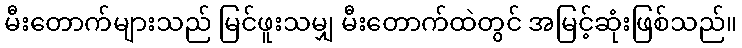
မီးတောက်များသည် မြင်ဖူးသမျှ မီးတောက်ထဲတွင် အမြင့်ဆုံးဖြစ်သည်။